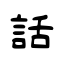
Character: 話